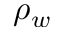
\rho _ { w }